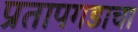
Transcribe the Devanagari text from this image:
प्रतापगडाचा